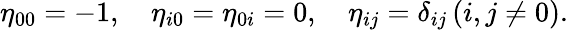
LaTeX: \eta_{00}=-1,\quad\eta_{i0}=\eta_{0i}=0,\quad\eta_{ij}=\delta_{ij}\, (i,j\neq 0).